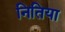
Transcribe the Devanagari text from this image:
नितिया